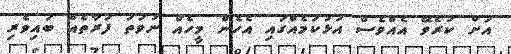
އަށް ކުރެވޭ އެއްވެސް އަޅުކަމެއްގައި އެހެން މީހެއް ނުވަތަ ފަރާތެއް ބައިވެރި